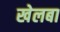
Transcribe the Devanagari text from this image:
खेलबा